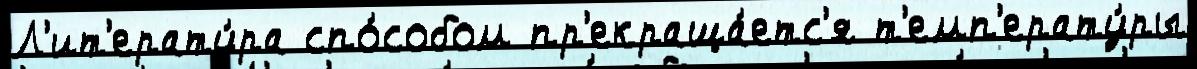
Л'ит'ерату́ра спо́собом пр'екраща́етс'я т'емп'ерату́ры